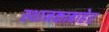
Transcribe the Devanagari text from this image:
स्थानकाबाहेर